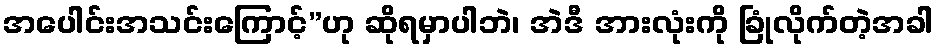
အပေါင်းအသင်းကြောင့်”ဟု ဆိုရမှာပါဘဲ၊ အဲဒီ အားလုံးကို ခြုံလိုက်တဲ့အခါ